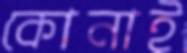
কোনাই